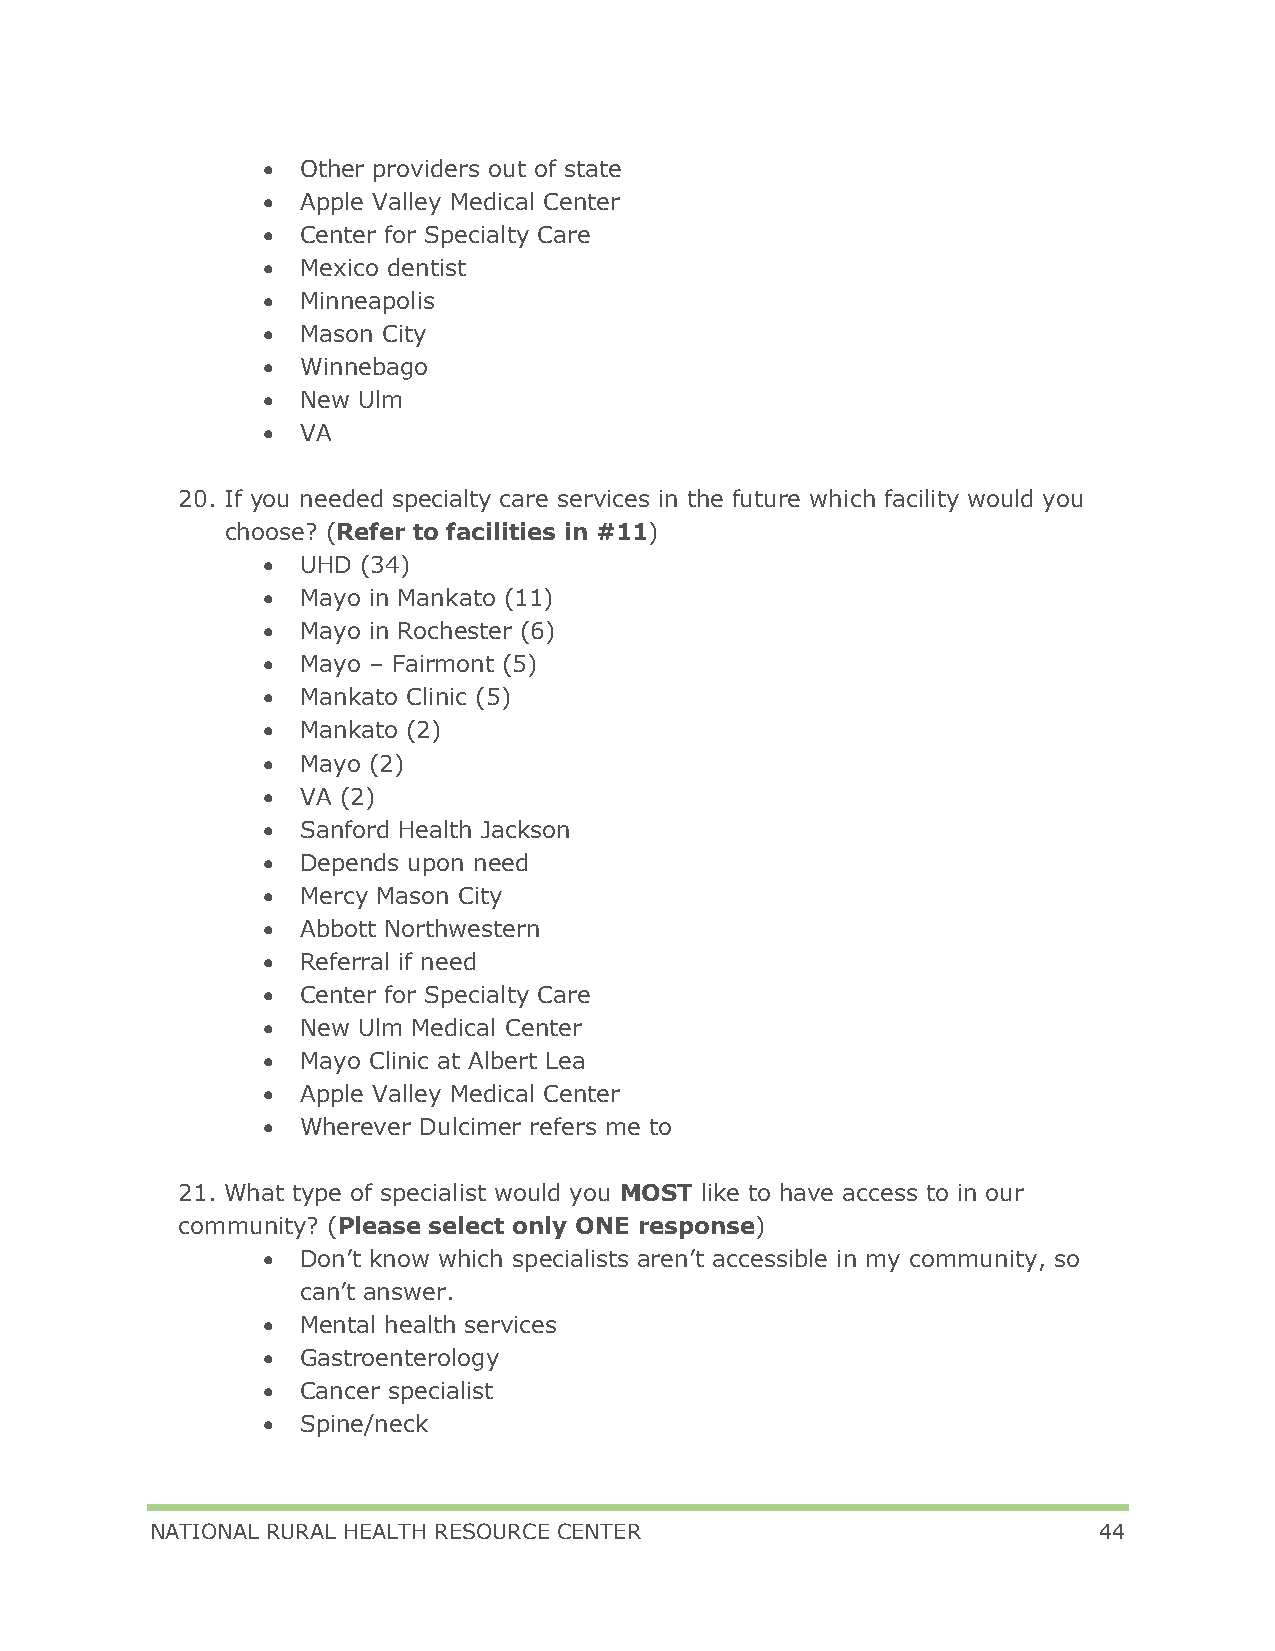
•  Other providers out of state
 •  Apple Valley Medical Center
 •  Center for Specialty Care
 •  Mexico dentist
 •  Minneapolis
 •  Mason City
 •  Winnebago
 •  New Ulm
 •  VA
 20. If you needed specialty care services in the future which facility would you
 choose? (Refer to facilities in #11)
 •  UHD (34)
 •  Mayo in Mankato (11)
 •  Mayo in Rochester (6)
 •  Mayo – Fairmont (5)
 •  Mankato Clinic (5)
 •  Mankato (2)
 •  Mayo (2)
 •  VA (2)
 •  Sanford Health Jackson
 •  Depends upon need
 •  Mercy Mason City
 •  Abbott Northwestern
 •  Referral if need
 •  Center for Specialty Care
 •  New Ulm Medical Center
 •  Mayo Clinic at Albert Lea
 •  Apple Valley Medical Center
 •  Wherever Dulcimer refers me to
 21. What type of specialist would you MOST like to have access to in our
 community? (Please select only ONE response)
 •  Don’t know which specialists aren’t accessible in my community, so
 can’t answer.
 •  Mental health services
 •  Gastroenterology
 •  Cancer specialist
 •  Spine/neck
 NATIONAL RURAL HEALTH RESOURCE CENTER                          44